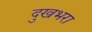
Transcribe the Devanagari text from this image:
दुखभरा